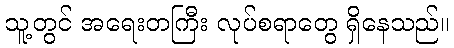
သူ့တွင် အရေးတကြီး လုပ်စရာတွေ ရှိနေသည်။